Civil Veterinary Department. United Provinces 1932-42 - 1932-1942
Year: 1932
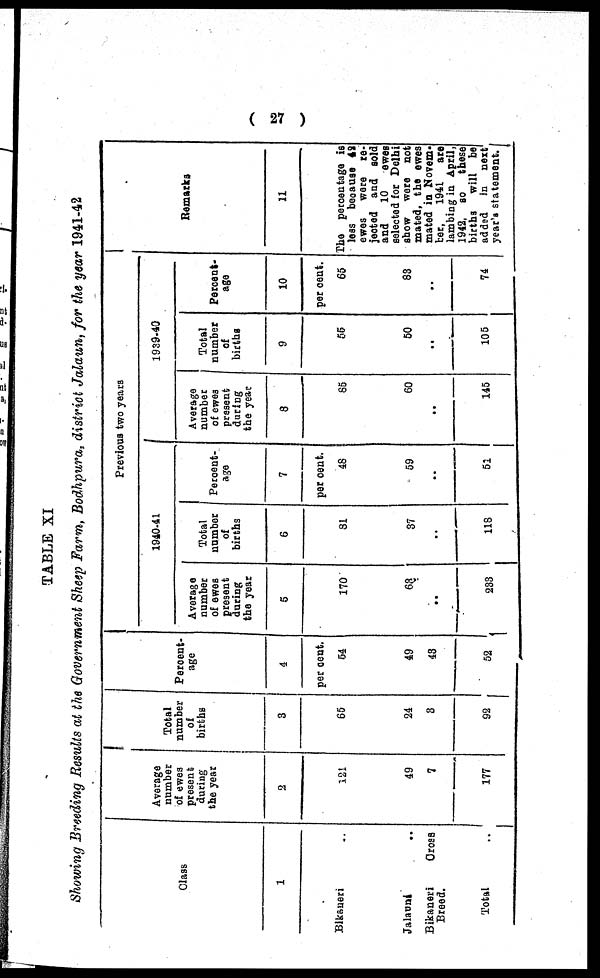
( 27 )
TABLE XI
Showing Breeding Results at the Government Sheep Farm, Bodhpura, district Jalaun, for the year 1941-42
Class
1
Bikaneri
Jalauni
..
Bikaneri
Cross
Breed.
Total
Average
number
of ewes
present
during
the year
2
121
49
7
177
Total
number
of
births
3
65
24
3
92
Percent-
age
4
per cent.
54
49
43
52
Previous two years
1940-41
Average
number
of ewes
present
during
the year
5
170
63
..
233
Total
number
of
births
6
81
37
..
118
Percent-
age
7
per cent.
48
59
..
51
1939-40
Average
number
of ewes
present
daring
the year
8
85
60
..
145
Total
number
of
births
9
55
50
..
105
Percent-
age
10
per cent.
65
83
..
74
Remarks
11
The percentage is
less because 49
ewes
were
re-
jected and sold
and
10
ewes
selected for Delhi
show were not
mated, the ewes
mated in Novem-
ber,
1941
are
lambing in April,
1942, so
these
births
will be
added
in
next
year's statement.